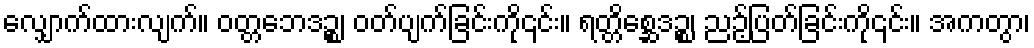
လျှောက်ထားလျက်။ ဝတ္တဘေဒဉ္စ၊ ဝတ်ပျက်ခြင်းကို၎င်း။ ရတ္တိစ္ဆေဒဉ္စ၊ ညဉ့်ပြတ်ခြင်းကို၎င်း။ အကတွာ၊